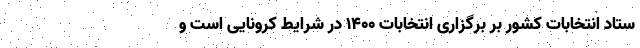
ستاد انتخابات کشور بر برگزاری انتخابات 1400 در شرایط کرونایی است و